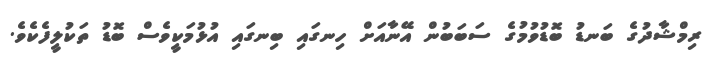
ރިމްޝާދުގެ ބަނޑު ބޮޑުވުމުގެ ސަބަބުން އޭނާއަށް ހިނގައި ބިނގައި އުޅުމަކީވެސް ބޮޑު ތަކުލީފެކެވެ.